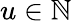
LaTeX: u\in\mathbb{N}